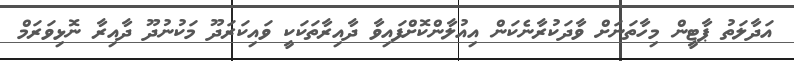
އަދާލަތު ޕާޓީން މިހާތަނަށް ވާދަކުރާނެކަން އިއުލާންކޮށްފައިވާ ދާއިރާތަކަކީ ވައިކަރަދޫ މަކުނުދޫ ދާއިރާ ނޮޅިވަރަމް